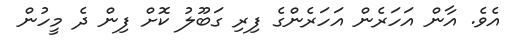
އެވެ. އާން އަހަރެން އަހަރެންގެ ފިރި ގަބޫލު ކޮށް ފިން ދެ މީހުން